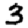
Digit: 3